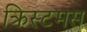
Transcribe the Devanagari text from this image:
क्रिस्टमस